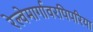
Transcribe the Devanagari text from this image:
रेल्वेमार्गावरपिपरिया